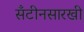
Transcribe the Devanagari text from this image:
सँटीनसारखी